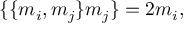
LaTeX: \lbrace \lbrace m _ { i } , m _ { j } \rbrace m _ { j } \rbrace = 2 m _ { i } ,